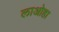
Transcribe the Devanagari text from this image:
लाओहा